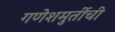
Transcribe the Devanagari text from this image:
गणेशमुर्तीची